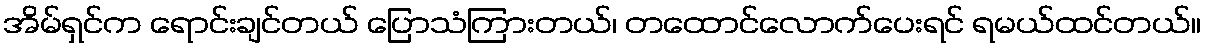
အိမ်ရှင်က ရောင်းချင်တယ် ပြောသံကြားတယ်၊ တထောင်လောက်ပေးရင် ရမယ်ထင်တယ်။